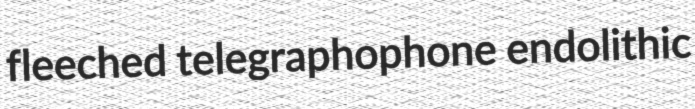
fleeched telegraphophone endolithic